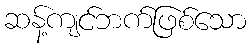
ဆန့်ကျင်ဘက်ဖြစ်သော